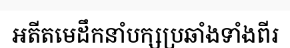
អតីតមេដឹកនាំបក្សប្រឆាំងទាំងពីរ